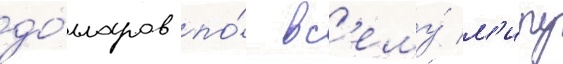
до́лларов по́ вс'ему́ м'иру